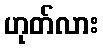
ဟုတ်လား